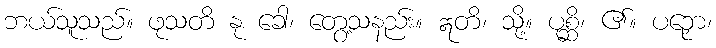
ဘယ်သူသည်။ ဖုသတိ နု ခေါ၊ တွေ့သနည်း။ ဣတိ၊ သို့။ ပုစ္ဆိ၊ ၏။ ပဉှော၊